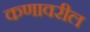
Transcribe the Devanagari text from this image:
कणावरील